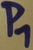
Text: P1